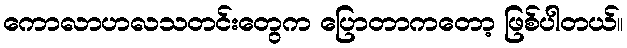
ကောလာဟလသတင်းတွေက ပြောတာကတော့ ဖြစ်ပါတယ်။